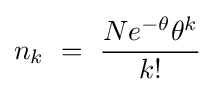
n_{k}\ =\ {\frac {Ne^{-\theta }\theta ^{k}}{k!}}